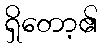
ရှိတော့၏